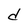
Character: d